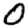
Digit: 0